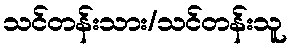
သင်တန်းသား/သင်တန်းသူ